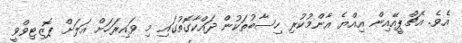
އެވެ. އެޗްޕީއޭއިން އިއްޔެ އާންމުކުރި ހިސާބުތަކުން ދައްކާގޮތުގައި މި ވައިރަހަށް އަލަށް ޕޮޒިޓިވްވީ